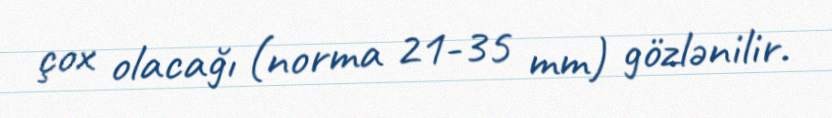
çox olacağı (norma 21-35 mm) gözlənilir.